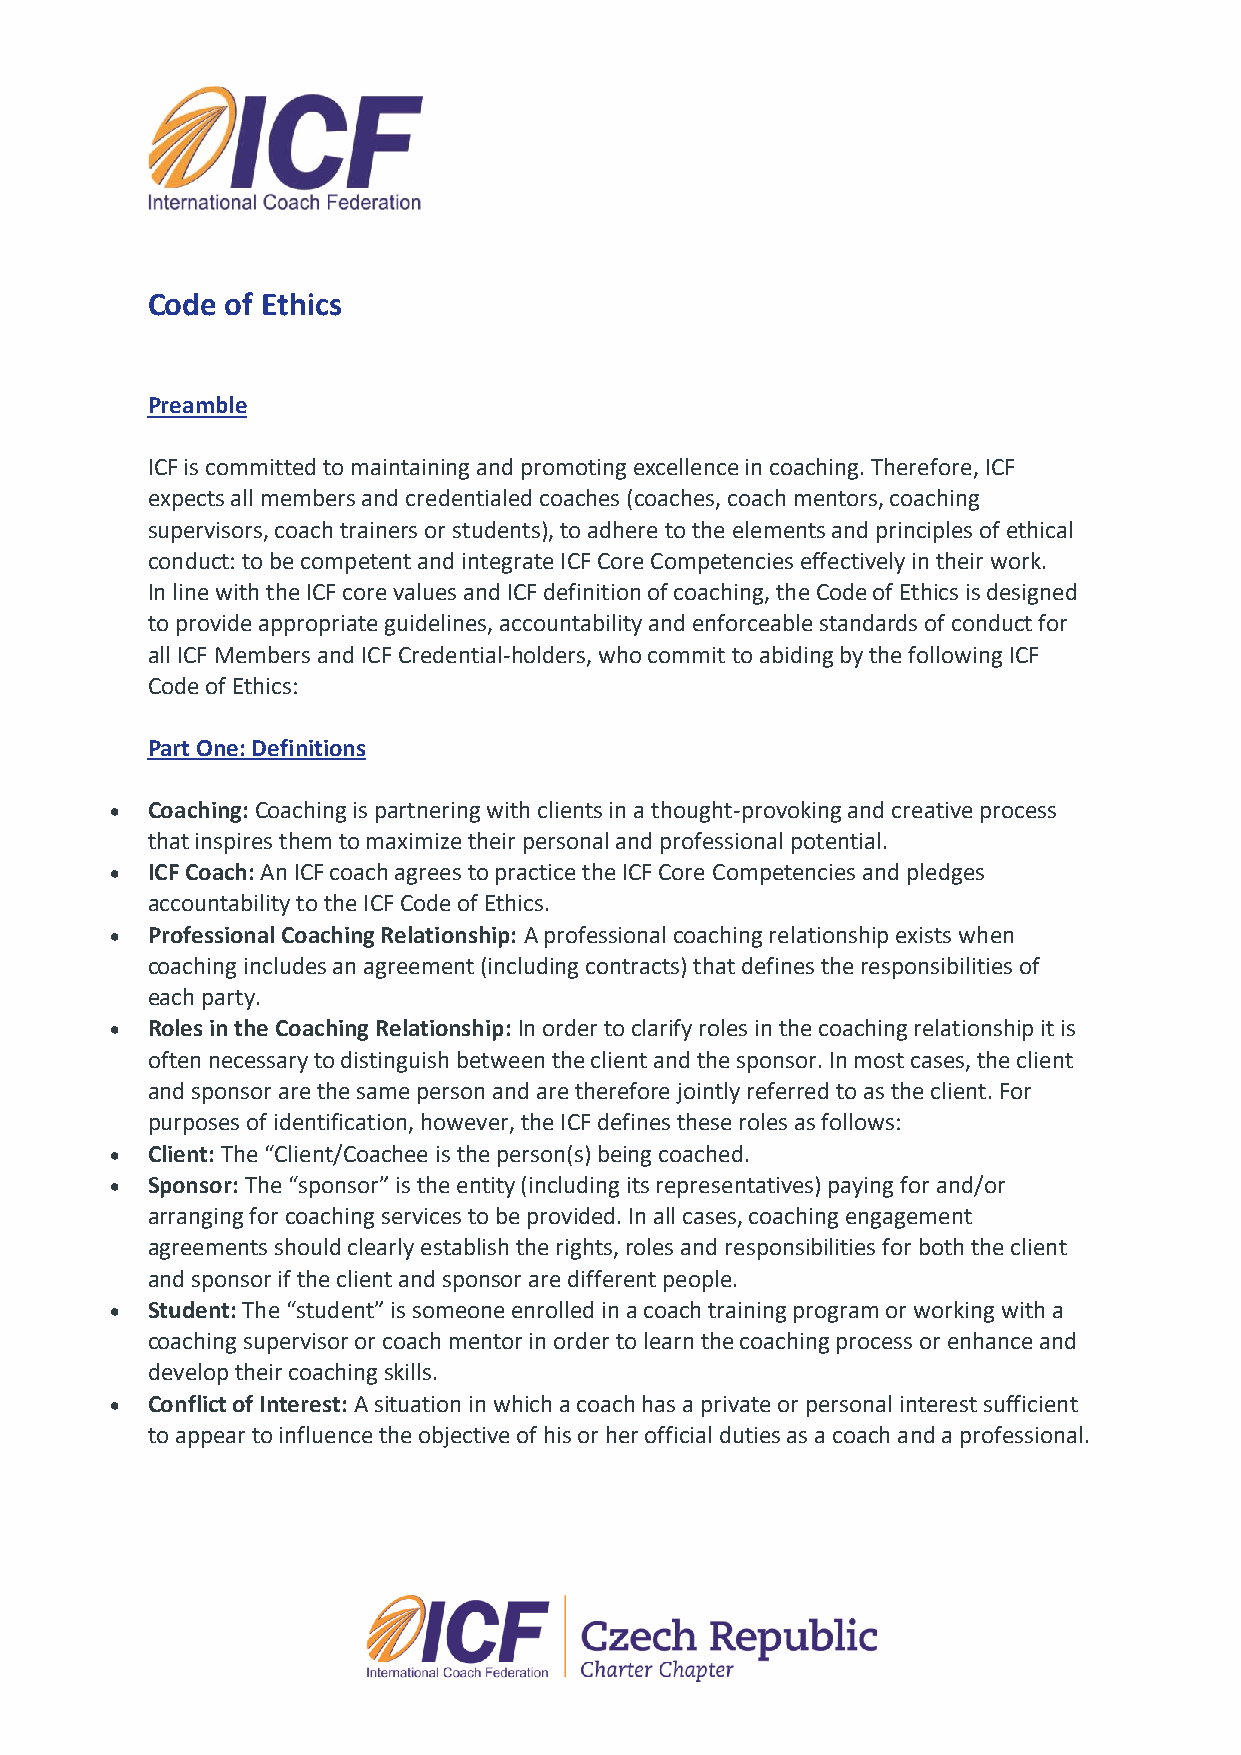
Code of Ethics
 Preamble
 ICF is committed to maintaining and promoting excellence in coaching. Therefore, ICF
 expects all members and credentialed coaches (coaches, coach mentors, coaching
 supervisors, coach trainers or students), to adhere to the elements and principles of ethical
 conduct: to be competent and integrate ICF Core Competencies effectively in their work.
 In line with the ICF core values and ICF definition of coaching, the Code of Ethics is designed
 to provide appropriate guidelines, accountability and enforceable standards of conduct for
 all ICF Members and ICF Credential-holders, who commit to abiding by the following ICF
 Code of Ethics:
 Part One: Definitions
   Coaching: Coaching is partnering with clients in a thought-provoking and creative process
 that inspires them to maximize their personal and professional potential.
   ICF Coach: An ICF coach agrees to practice the ICF Core Competencies and pledges
 accountability to the ICF Code of Ethics.
   Professional Coaching Relationship: A professional coaching relationship exists when
 coaching includes an agreement (including contracts) that defines the responsibilities of
 each party.
   Roles in the Coaching Relationship: In order to clarify roles in the coaching relationship it is
 often necessary to distinguish between the client and the sponsor. In most cases, the client
 and sponsor are the same person and are therefore jointly referred to as the client. For
 purposes of identification, however, the ICF defines these roles as follows:
   Client: The “Client/Coachee is the person(s) being coached.
   Sponsor: The “sponsor” is the entity (including its representatives) paying for and/or
 arranging for coaching services to be provided. In all cases, coaching engagement
 agreements should clearly establish the rights, roles and responsibilities for both the client
 and sponsor if the client and sponsor are different people.
   Student: The “student” is someone enrolled in a coach training program or working with a
 coaching supervisor or coach mentor in order to learn the coaching process or enhance and
 develop their coaching skills.
   Conflict of Interest: A situation in which a coach has a private or personal interest sufficient
 to appear to influence the objective of his or her official duties as a coach and a professional.